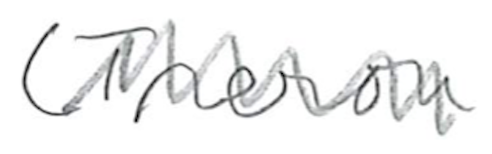
Text: (Treron
Cross-out: zig-zag
Writing tool: pencil